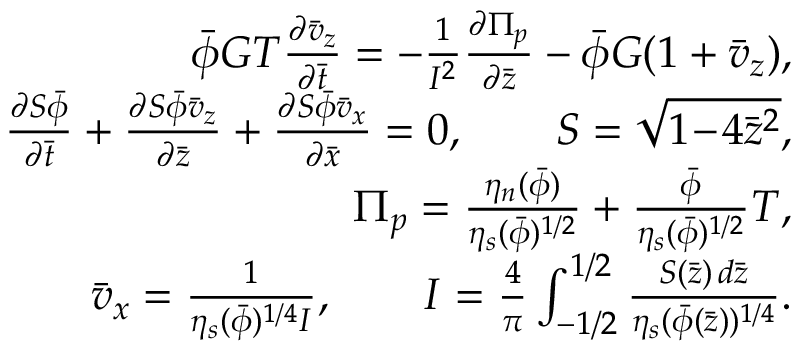
\begin{array} { r l r } & { } & { \bar { \phi } G { \cal T } \frac { \partial \bar { v } _ { z } } { \partial \bar { t } } = - \frac { 1 } { I ^ { 2 } } \frac { \partial \Pi _ { p } } { \partial \bar { z } } - \bar { \phi } G ( 1 + \bar { v } _ { z } ) , } \\ & { } & { \frac { \partial S \bar { \phi } } { \partial \bar { t } } + \frac { \partial S \bar { \phi } \bar { v } _ { z } } { \partial \bar { z } } + \frac { \partial S \bar { \phi } \bar { v } _ { x } } { \partial \bar { x } } = 0 , \qquad S = \sqrt { 1 \! - \! 4 \bar { z } ^ { 2 } } , } \\ & { } & { \Pi _ { p } = \frac { \eta _ { n } ( \bar { \phi } ) } { \eta _ { s } ( \bar { \phi } ) ^ { 1 / 2 } } + \frac { \bar { \phi } } { \eta _ { s } ( \bar { \phi } ) ^ { 1 / 2 } } T , } \\ & { } & { \bar { v } _ { x } = \frac { 1 } { \eta _ { s } ( \bar { \phi } ) ^ { 1 / 4 } I } , \qquad I = \frac { 4 } { \pi } \int _ { - 1 / 2 } ^ { 1 / 2 } \frac { S ( \bar { z } ) \, d \bar { z } } { \eta _ { s } ( \bar { \phi } ( \bar { z } ) ) ^ { 1 / 4 } } . } \end{array}